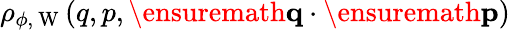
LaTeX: \rho_{\phi,\mathrm{~W~}}(q,p,\ensuremath{\mathbf{q}}\cdot\ensuremath{\mathbf{p}})